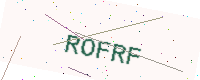
Text: ROFRF